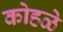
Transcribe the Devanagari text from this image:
कोहळे